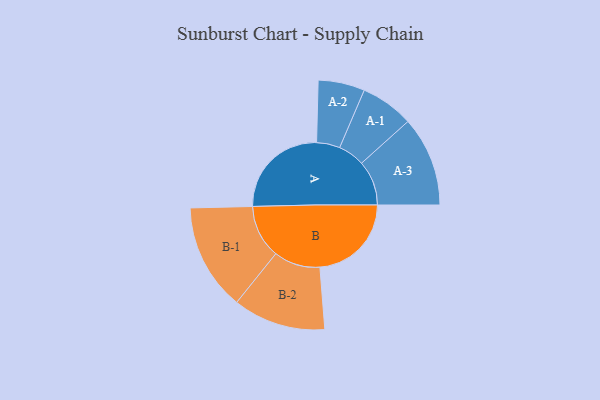
{"axis": {"x": "Segment", "y": "Value"}, "legend": ["", "A", "B"], "data": [{"x": "A", "y": 482, "type": ""}, {"x": "B", "y": 444, "type": ""}, {"x": "A-1", "y": 129, "type": "A"}, {"x": "A-2", "y": 113, "type": "A"}, {"x": "A-3", "y": 218, "type": "A"}, {"x": "B-1", "y": 259, "type": "B"}, {"x": "B-2", "y": 225, "type": "B"}]}